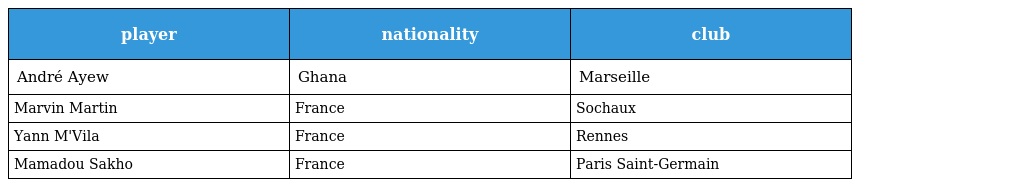
| player | nationality | club |
 | --- | --- | --- |
 | André Ayew | Ghana | Marseille |
 | Marvin Martin | France | Sochaux |
 | Yann M'Vila | France | Rennes |
 | Mamadou Sakho | France | Paris Saint-Germain |